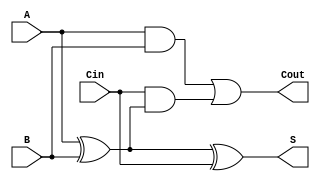
module FullAdder (
    input wire A,     // First binary input
    input wire B,     // Second binary input
    input wire Cin,   // Carry input
    output wire S,    // Sum output
    output wire Cout   // Carry output
);

    // Sum output: S = A XOR B XOR Cin
    assign S = A ^ B ^ Cin;

    // Carry output: Cout = (A AND B) OR (Cin AND (A XOR B))
    assign Cout = (A & B) | (Cin & (A ^ B));

endmodule